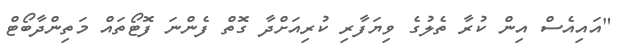
"އައިއެސް އިން ކުރާ ތެލުގެ ވިޔަފާރި ކުރިއަށްދާ ގޮތް ފެންނަ ފޮޓޯތައް މަތިންދާބޯޓް